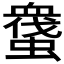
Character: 𧑬